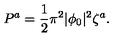
P ^ { a } = { \frac { 1 } { 2 } } \pi ^ { 2 } | \phi _ { 0 } | ^ { 2 } \zeta ^ { a } .